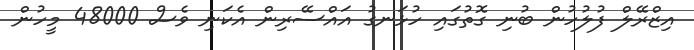
އިޒްރޭލް ފުލުހުން ބުނި ގޮތުގައި ހުޅަނގު އައްސޭރިން އެކަނި ވެސް 48000 މީހުން